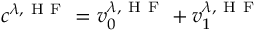
c ^ { \lambda , \mathrm { ~ H ~ F ~ } } = v _ { 0 } ^ { \lambda , \mathrm { ~ H ~ F ~ } } + v _ { 1 } ^ { \lambda , \mathrm { ~ H ~ F ~ } }